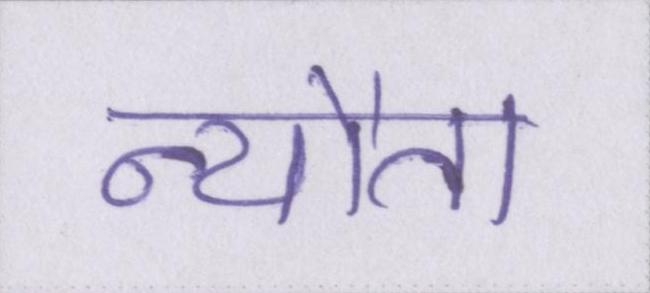
न्यौता